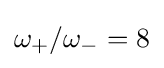
\omega _{+}/\omega _{-}=8